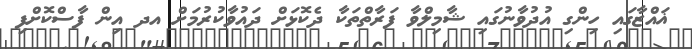
ޣައްޒާގައި ހިންގި އުދުވާނުގައި ޝާމިލްވާ ފަރާތްތަކާ ދެކޮޅަށް ދައުވާކުރުމަށް އދ އިން ފާސްކޮށްފި